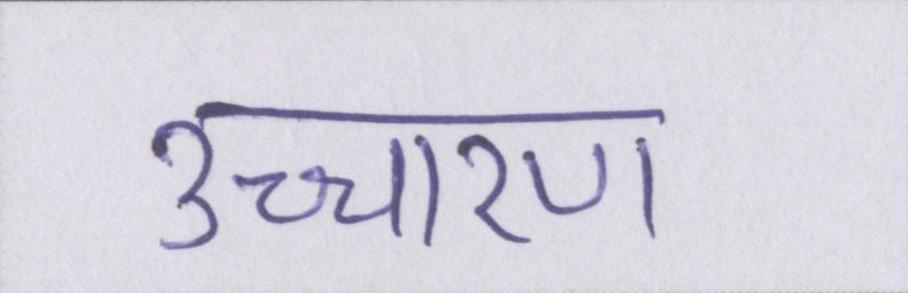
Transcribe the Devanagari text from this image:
उच्चारण